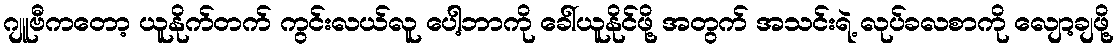
ဂျူဗီကတော့ ယူနိုက်တက် ကွင်းလယ်လူ ပေါ့ဘာကို ခေါ်ယူနိုင်ဖို့ အတွက် အသင်းရဲ့ လုပ်ခလစာကို လျော့ချဖို့